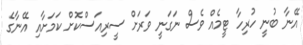
އޭނާ ބުނީ ހުރިހާ ޓީމެއް ވެސް ނަގަނީ ވަރަށް ސީރިއަސްކޮށް ކަމަށާއި އޭނާގެ